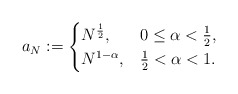
\begin{align*}a_{N}:=\begin{cases}N^{ \frac{1}{2}}, & 0\leq\alpha< \frac{1}{2},\\N^{1-\alpha}, & \frac{1}{2}<\alpha< 1.\end{cases}\end{align*}